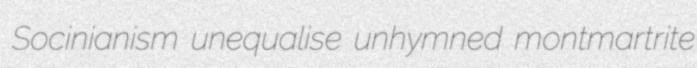
Socinianism unequalise unhymned montmartrite